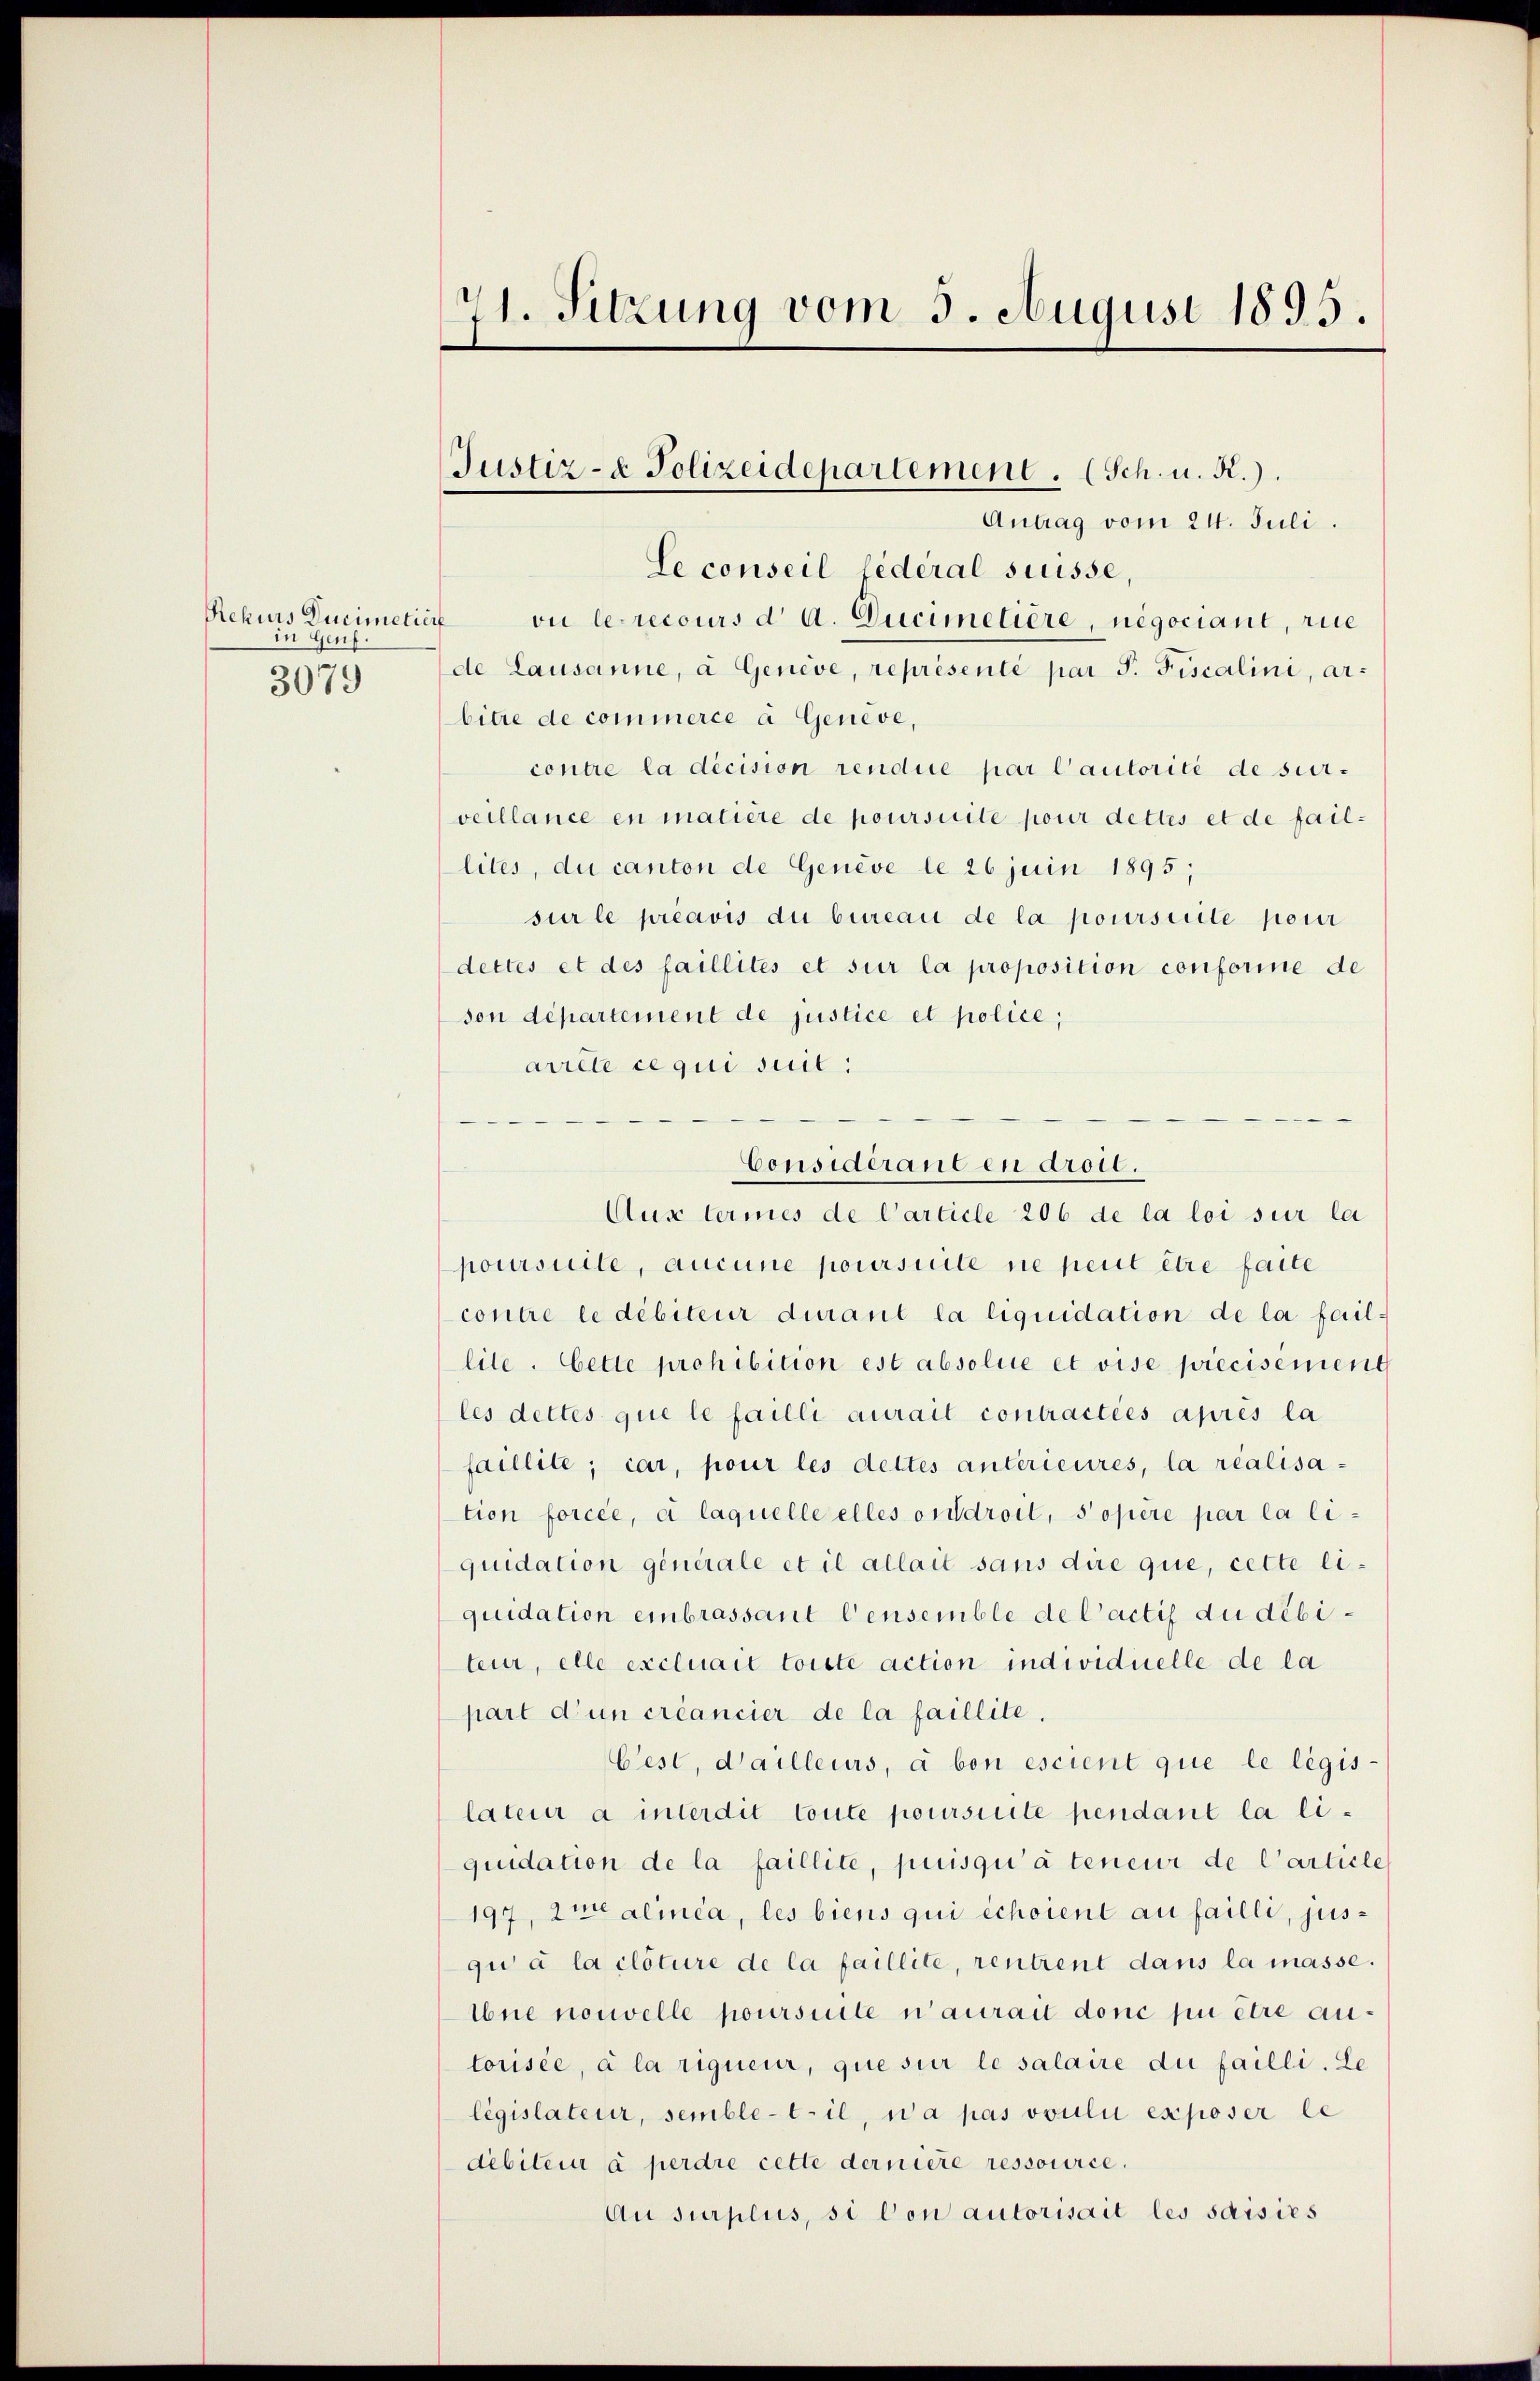
Rekurs Ducimetier
in Gen
e
3079

Antrag vom 24. Juli.
Le conseil fédéral süsse,
ou le recours d. A. Ducimetière, negociant, rie
de Lausanne, a Genève, représenté par J. Fiscalini, arbitre de commerce à Geneve,
contre la décision rendue par l’autorité de surveillance en matière de poursuite pour dettes et de faillites, du canton de Genève le 26 juin 1895;
sur le préavis du bureau de la poursuite pour
dettes et des faillités et sur la proposition conforine de
son departement de justice et police;
arrete ce qui suil:
Aus lermes de Carticle 206 de la loi sur la
poursuite, aucune poursuite ne peut être faite
contre le débiteur durant la liquidation de la faillite. Cette prohibition est absolue et vise précisement
les dettes que le failli aurait contractées après la
faillite; car, pour les dettes anterieures, la realisation forcée, à laquelle elles orddroit, Sopere par la li
quidation générale et il allait sans dire que, cette liquidation einbrassant Censemble de l’actis du débiteur, elle excluait toitte action individuelle de la
part d’un créancier de la faillite.
Cest, dailleurs, a bon escient que le légis-
lateur à interdit toute poursuite pendant la liquidation de la faillite, puisqu’ à teneur de l’article
197, Ime alica, les biens qui échoient au failli, jus-
qu à la clôture de la faillite, rentrent dans la masse.
ibne nouvelle poursuite n’aurait donc pu être au-
torisée, à la rigueur, que sur le salaire du failli. Le
législateur, semble-til, wa pas voului exposer le
debiteur à perdre cette derniere ressource.
Au surplus, si con autorisait les saisies

71. Sitzung vom 5. August 1895.

Justiz- & Polizeidepartement. (Sch. u. R.).

Considerane en droit.